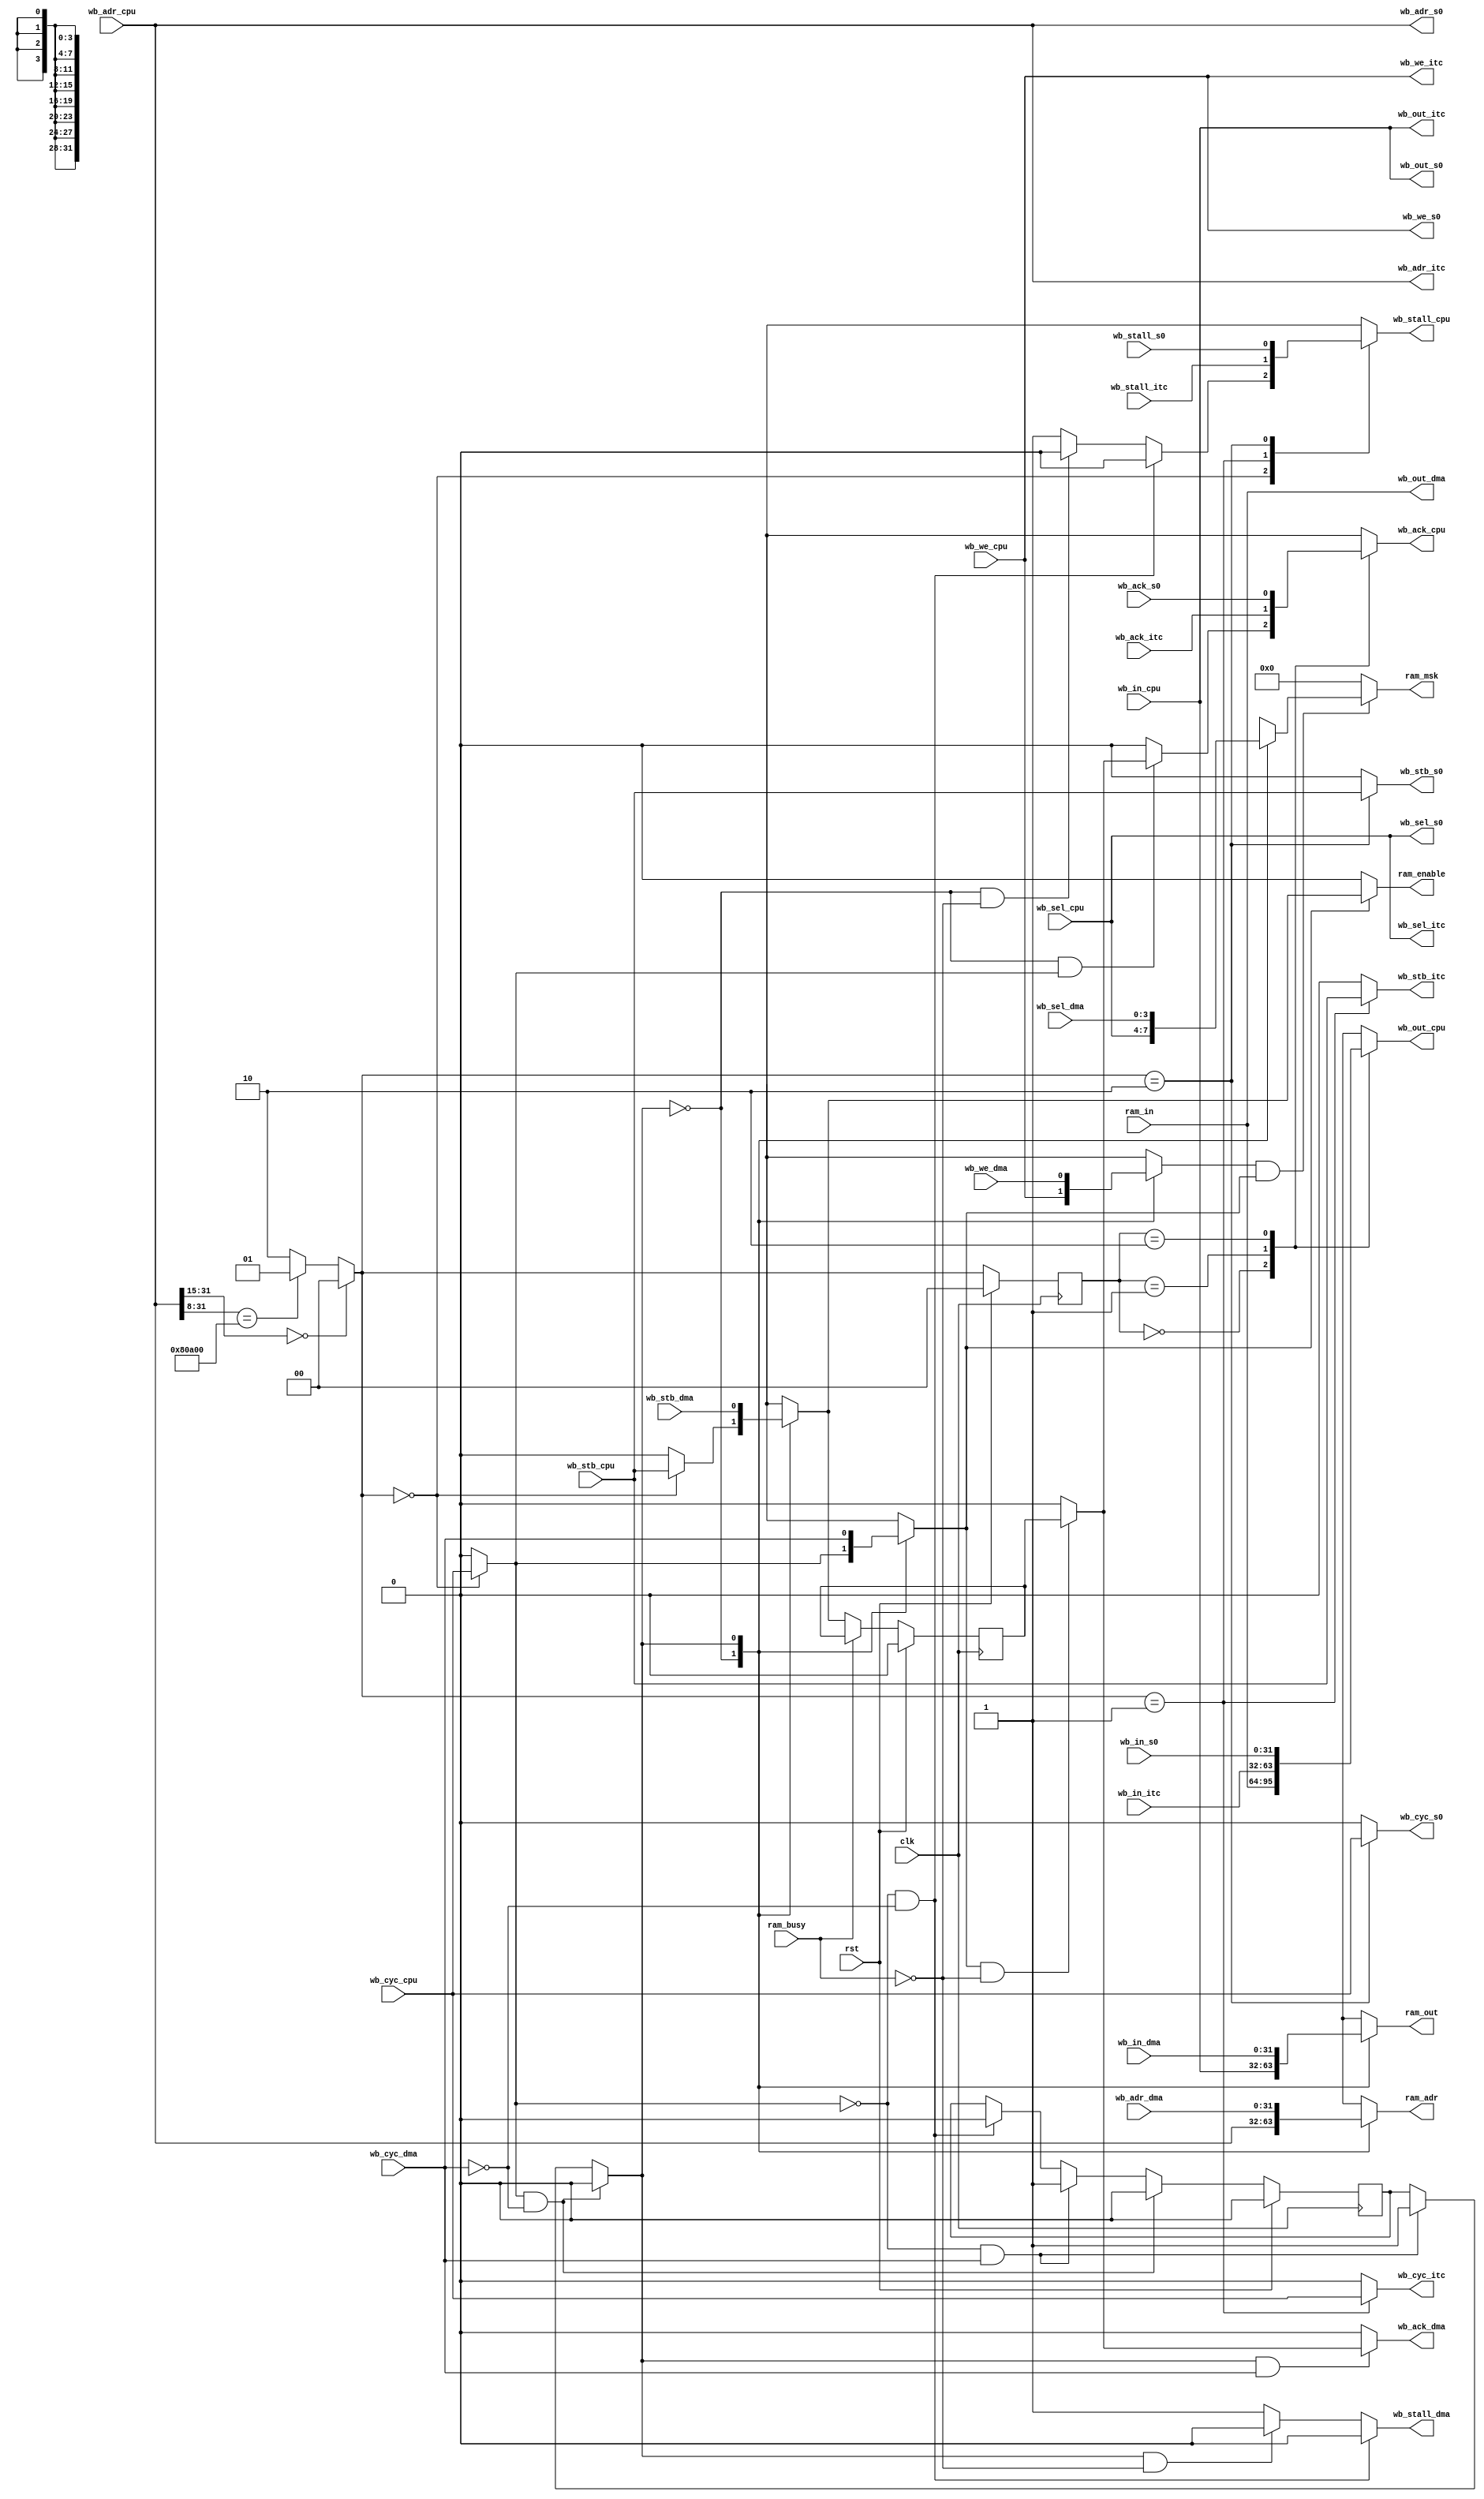
`timescale 1ns / 1ps
//////////////////////////////////////////////////////////////////////////////////
// Company: 
// Engineer: 
// 
// Design Name: 
// Module Name: wb_slave_mux
// Project Name: 
// Target Devices: 
// Tool Versions: 
// Description: 
// 
// Dependencies: 
// 
// Revision:
// Revision 0.01 - File Created
// Additional Comments:
// 
//////////////////////////////////////////////////////////////////////////////////


module wb_shared_bus(
    input wire[31:0] ram_in,
    output wire[31:0] ram_out,
    output wire[31:0] ram_adr,
    output wire[3:0] ram_msk,
    output wire ram_enable,
    input wire ram_busy,

    input wire[31:0] wb_in_itc,
    output wire[31:0] wb_out_itc,
    output wire[31:0] wb_adr_itc,
    output wire[3:0] wb_sel_itc,
    output wire wb_cyc_itc,
    output wire wb_stb_itc,
    input wire wb_ack_itc,
    input wire wb_stall_itc,
    output wire wb_we_itc,
    
    input wire [31:0] wb_in_s0,
    output wire [31:0] wb_out_s0,
    output wire [31:0] wb_adr_s0,
    output wire [3:0] wb_sel_s0,
    output wire wb_cyc_s0,
    output wire wb_stb_s0,
    input wire wb_ack_s0,
    input wire wb_stall_s0,
    output wire wb_we_s0,

    input wire[31:0] wb_in_dma,
    output wire[31:0] wb_out_dma,
    input wire[31:0] wb_adr_dma,
    input wire[3:0] wb_sel_dma,
    input wire wb_cyc_dma,
    input wire wb_stb_dma,
    output wire wb_ack_dma,
    output wire wb_stall_dma,
    input wire wb_we_dma,

    input wire[31:0] wb_in_cpu,
    output wire[31:0] wb_out_cpu,
    input wire[31:0] wb_adr_cpu,
    input wire[3:0] wb_sel_cpu,
    input wire wb_cyc_cpu,
    input wire wb_stb_cpu,
    output wire wb_ack_cpu,
    output wire wb_stall_cpu,
    input wire wb_we_cpu,

    input wire clk,
    input wire rst
    );
    parameter interupt_ctrl_adr = 24'h080A00;
    parameter interupt_ctrl_adr_size = 8;
    parameter pc_bit_size = 15;

    reg[1:0] outstate;
    wire[1:0] outport;
    
    assign outport = (wb_adr_cpu[31:pc_bit_size] == 0) ? 2'h0 : //the mux controler for wb slave
                      (wb_adr_cpu[31:interupt_ctrl_adr_size] == interupt_ctrl_adr) ? 2'h1 :
                      2'h2;    

    wire[31:0] wb_in[2:0];
    wire wb_ack[2:0];
    wire wb_stall[2:0];

    wire [31:0] wb_in_ram;
    wire [31:0] wb_out_ram;
    wire [31:0] wb_adr_ram;
    wire [3:0] wb_sel_ram;
    wire wb_cyc_ram;
    wire wb_stb_ram;
    wire wb_ack_ram;
    wire wb_stall_ram;
    wire wb_we_ram;
// signals for slave mux
    assign wb_in[0] = wb_in_ram;
    assign wb_in[1] = wb_in_itc;
    assign wb_in[2] = wb_in_s0;

    assign wb_ack[0] = wb_ack_ram;
    assign wb_ack[1] = wb_ack_itc;
    assign wb_ack[2] = wb_ack_s0;

    assign wb_stall[0] = wb_stall_ram;
    assign wb_stall[1] = wb_stall_itc;
    assign wb_stall[2] = wb_stall_s0;

    assign wb_out_ram = wb_in_cpu;
    assign wb_out_itc = wb_in_cpu;
    assign wb_out_s0 = wb_in_cpu;
    
    assign wb_adr_ram = wb_adr_cpu;
    assign wb_adr_itc = wb_adr_cpu;
    assign wb_adr_s0 = wb_adr_cpu;

    assign wb_sel_ram = wb_sel_cpu;
    assign wb_sel_itc = wb_sel_cpu;
    assign wb_sel_s0 = wb_sel_cpu;

    assign wb_we_ram = wb_we_cpu;
    assign wb_we_itc = wb_we_cpu;
    assign wb_we_s0 = wb_we_cpu;
        
    assign wb_out_cpu = wb_in[outstate];    
    assign wb_ack_cpu = wb_ack[outstate];
    assign wb_stall_cpu = wb_stall[outport];
    
    assign wb_cyc_ram = (outport == 0) ? wb_cyc_cpu : 1'b0;
    assign wb_cyc_itc = (outport == 1) ? wb_cyc_cpu : 1'b0;
    assign wb_cyc_s0 = (outport == 2) ? wb_cyc_cpu : 1'b0;

    assign wb_stb_ram = (outport == 0) ? wb_stb_cpu : 1'b0;
    assign wb_stb_itc = (outport == 1) ? wb_stb_cpu : 1'b0;
    assign wb_stb_s0 = (outport == 2) ? wb_stb_cpu : 1'b0;

// control signals for slave
    always @ (posedge clk)begin
        if(rst == 1)begin
            outstate <= 0;
        end
        else begin
            outstate <= outport;
        end
    end

// signals for master mux
    wire[31:0] wbm_out[1:0];
    wire[31:0] wbm_adr[1:0];
    wire[3:0] wbm_sel[1:0];
    wire wbm_stb[1:0];
    wire wbm_cyc[1:0];
    wire wbm_wren[1:0];
    wire mastersel;
    reg lastmaster;
    wire ram_cyc;
    wire ram_ack;
    reg ram_int_ack;
    wire ram_en;
    wire ram_wren;

    // the master mux controlers

    assign mastersel = ((wb_cyc_ram == 1) && (wb_cyc_dma == 0)) ? 1'b0 :
                       ((wb_cyc_ram == 0) && (wb_cyc_dma == 1)) ? 1'b1 :
                       lastmaster;

    assign wb_stall_ram = ((wb_cyc_ram == 0) && (wb_cyc_dma == 0)) ? 1'b0 : ((mastersel == 0) && (ram_busy == 0)) ? 1'b0 : 1'b1;
    assign wb_stall_dma = ((wb_cyc_ram == 0) && (wb_cyc_dma == 0)) ? 1'b0 : ((mastersel == 1) && (ram_busy == 0)) ? 1'b0 : 1'b1;

    assign wb_in_ram = ram_in;
    assign wb_out_dma = ram_in;

//    reg[3:0] ram_sel_msk;
//    assign wb_in_ram[7:0] = (ram_sel_msk[0] == 1) ? ram_in[7:0] : 8'h00;
//    assign wb_out_dma[7:0] = (ram_sel_msk[0] == 1) ? ram_in[7:0] : 8'h00;
//    assign wb_in_ram[15:8] = (ram_sel_msk[1] == 1) ? ram_in[15:8] : 8'h00;
//    assign wb_out_dma[15:8] = (ram_sel_msk[1] == 1) ? ram_in[15:8] : 8'h00;
//    assign wb_in_ram[23:16] = (ram_sel_msk[2] == 1) ? ram_in[23:16] : 8'h00;
//    assign wb_out_dma[23:16] = (ram_sel_msk[2] == 1) ? ram_in[23:16] : 8'h00;
//    assign wb_in_ram[31:24] = (ram_sel_msk[3] == 1) ? ram_in[31:24] : 8'h00;
//    assign wb_out_dma[31:24] = (ram_sel_msk[3] == 1) ? ram_in[31:24] : 8'h00;   
   
    assign wbm_out[0] = wb_out_ram;
    assign wbm_out[1] = wb_in_dma;

    assign wbm_adr[0] = wb_adr_ram;
    assign wbm_adr[1] = wb_adr_dma;    
    
    assign wbm_sel[0] = wb_sel_ram;
    assign wbm_sel[1] = wb_sel_dma;    

    assign wbm_stb[0] = wb_stb_ram;
    assign wbm_stb[1] = wb_stb_dma;

    assign wbm_cyc[0] = wb_cyc_ram;
    assign wbm_cyc[1] = wb_cyc_dma;

    assign wbm_wren[0] = wb_we_ram;
    assign wbm_wren[1] = wb_we_dma;

    assign ram_wren = wbm_wren[mastersel];
    assign ram_out = wbm_out[mastersel];
    assign ram_adr = wbm_adr[mastersel];
    assign ram_msk = ((ram_wren == 1) && (ram_cyc == 1)) ? wbm_sel[mastersel] : 4'h0;
    assign ram_en = wbm_stb[mastersel];
    assign ram_cyc = wbm_cyc[mastersel];

    assign wb_ack_ram = ((mastersel == 0) && (wb_cyc_ram == 1)) ? ram_ack : 1'b0;
    assign wb_ack_dma = ((mastersel == 1) && (wb_cyc_dma == 1)) ? ram_ack : 1'b0;

    assign ram_ack = ((ram_cyc == 1) && (ram_busy == 0)) ? ram_int_ack : 1'b0;
    assign ram_enable = (ram_cyc == 1) ? ram_en : 1'b0;

// control signal for master
    always @ (posedge clk) begin
        if(rst == 1)begin
            lastmaster <= 0;
        end
        else begin
            if((wb_cyc_ram == 1) && (wb_cyc_dma == 0)) begin
                lastmaster <= 0;
            end
            else if((wb_cyc_ram == 0) && (wb_cyc_dma == 1)) begin
                lastmaster <= 1;
            end
            else if((wb_cyc_ram == 0) && (wb_cyc_dma == 0)) begin
                lastmaster <= 0;
            end
            else begin
                lastmaster <= lastmaster;
            end
        end
    end

// ram wb signals

//    reg delay;
//    reg delay1;
//    reg delay2;

    always @ (posedge clk)begin
        if(rst == 1)begin
            ram_int_ack <= 0;
//            ram_sel_msk <= 0;
        end
        else begin
            if(ram_busy == 0)begin
//                delay <= ram_en;
//                delay1 <= delay;
//                delay2 <= delay1;
//                ram_int_ack <= delay2;
                ram_int_ack <= ram_en;
            end
//            ram_sel_msk <= wbm_sel[mastersel];
        end
    end
    
endmodule